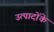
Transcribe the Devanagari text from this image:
उत्पादोंके